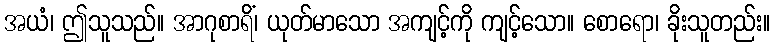
အယံ၊ ဤသူသည်။ အာဂုစာရိံ၊ ယုတ်မာသော အကျင့်ကို ကျင့်သော။ စောရော၊ ခိုးသူတည်း။